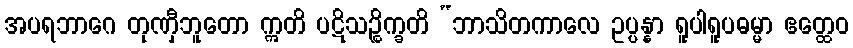
အပရဘာဂေ တုဏှီဘူတော ဣတိ ပဋိသဉ္စိက္ခတိ “ဘာသိတကာလေ ဥပ္ပန္နာ ရူပါရူပဓမ္မာ ဧတ္ထေဝ